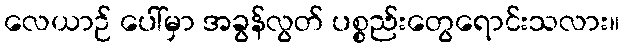
လေယာဉ် ပေါ်မှာ အခွန်လွတ် ပစ္စည်းတွေရောင်းသလား။